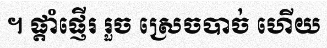
។ ផ្តាំផ្ញើរ រួច ស្រេចបាច់ ហើយ